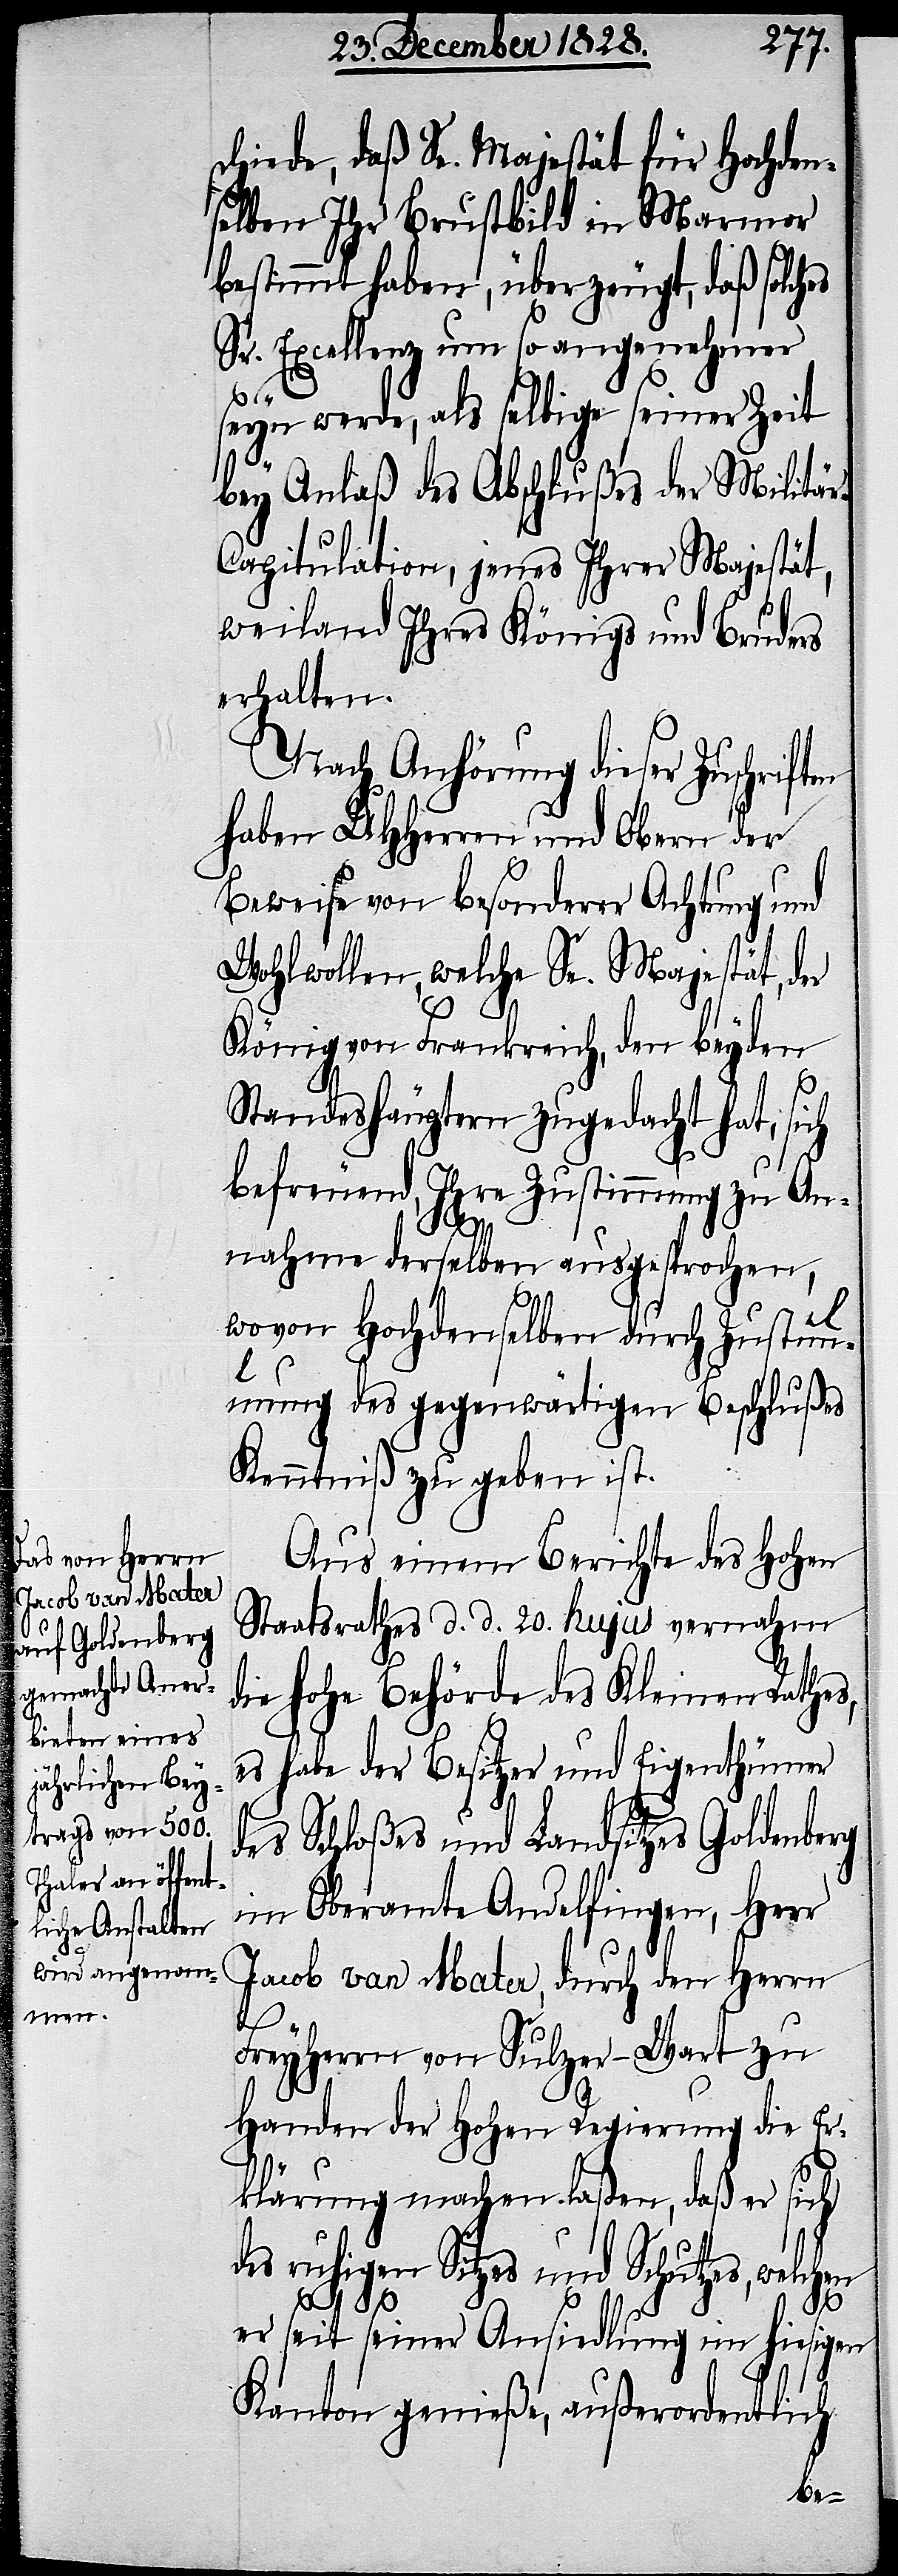
schiede, daß Se. Majestät für Hochden¬
selben Ihr Brustbild in Marmor
bestimmt haben, überzeugt, daß solches
Sr. Excellenz um so angenehmer
seyn werde, als selbige seiner Zeit
bey Anlaß des Abschlußes der Militär-C¬
apitulation, jenes Ihrer Majestät,
weiland Ihres Königs und Bruders
erhalten.
Nach Anhörung dieser Zuschriften
haben UHHerren und Obern der
Beweise von besonderer Achtung und
Wohlwollen, welche Se. Majestät, der
König von Frankreich, den beyden
Standeshäuptern zugedacht hat, sich
befreuend, Ihre Zustimmung zu An¬
[„]e¬
nahme derselben ausgesprochen,
wovon Hochdenselben durch Zustimmu¬
ng
ung] des gegenwärtigen Beschlußes
Kenntniß zu geben ist.
Aus einem Berichte des Hohen
Staatsrathes d. d. 20. hujus vernahm
die hohe Behörde des Kleinen Rathes,
s habe der Besitzer und Eigenthümer
des Schloßes und Landsitzes Goldenberg
im Oberamte Andelfingen, Herr
Jacob van Mater, durch den Herrn
en
Freyherrn von Sulzer-Wart zu
Handen der Hohen Regierung die Er¬
klärung machen laßen, daß er sich
des ruhigen Sitzes und Schutzes, welch¬
er seit seiner Ansiedlung im hiesigen
Kanton genieße, außerordentlich